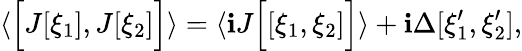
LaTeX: \left\langle\Bigl[J[\xi_{1}],J[\xi_{2}]\Bigr]\right\rangle=\left\langle\mathbf{i}J\Bigl[[\xi_{1},\xi_{2}]\Bigr]\right\rangle+\mathbf{i}\Delta[\xi_{1}^{\prime},\xi_{2}^{\prime}],